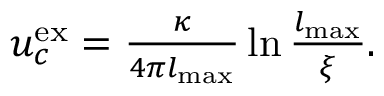
\begin{array} { r } { u _ { c } ^ { \mathrm { e x } } = \frac { \kappa } { 4 \pi l _ { \mathrm { m a x } } } \ln \frac { l _ { \mathrm { m a x } } } { \xi } . } \end{array}